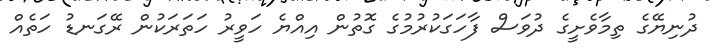
ދުނިޔޭގެ ތިމާވެށީގެ ދުވަސް ފާހަގަކުރުމުގެ ގޮތުން އިއްޔެ ހަވީރު ހަތަރަކުން ރޭގަނޑު ހަތެއް